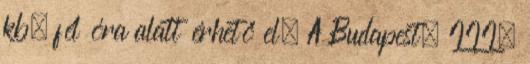
kb. fél óra alatt érhető el. A Budapest, III.